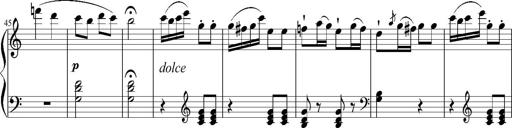
Title: 12 Sonatinas for Piano
Composer: Johann Baptist Vanhal